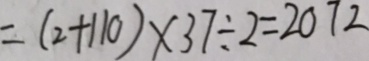
= ( 2 + 1 1 0 ) \times 3 7 \div 2 = 2 0 7 2